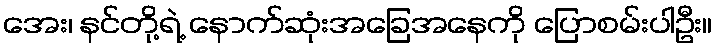
အေး၊ နင်တို့ရဲ့ နောက်ဆုံးအခြေအနေကို ပြောစမ်းပါဦး။